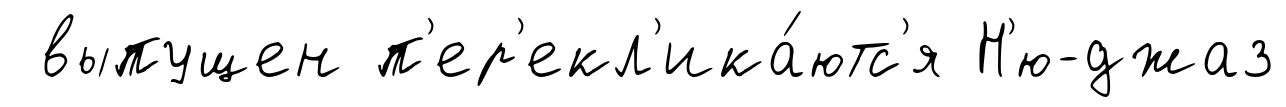
выпущен п'ер'екл'ика́ютс'я Н'ю-джаз